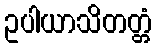
ဥပါယာသိတတ္တံ